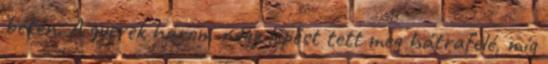
békén. A gyerek három-négy lépést tett meg hátrafelé, míg